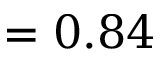
= 0 . 8 4